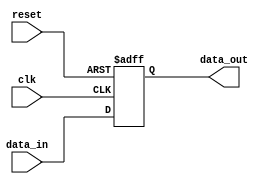
module io_buffer (
    input wire clk,
    input wire reset,
    input wire data_in,
    output reg data_out
);

reg buffer_reg;

always @(posedge clk or posedge reset) begin
    if (reset) begin
        buffer_reg <= 1'b0;
    end else begin
        buffer_reg <= data_in;
    end
end

assign data_out = buffer_reg;

endmodule